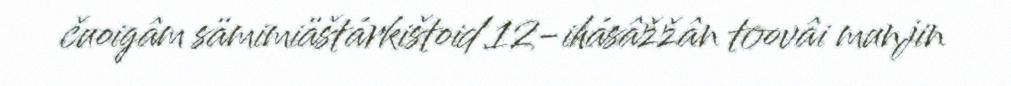
čuoigâm sämimiäštárkištoid 12-ihásâžžân toovâi munjin